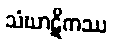
သံဃာဋိကဿ